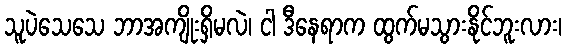
သူပဲသေသေ ဘာအကျိုးရှိမလဲ၊ ငါ ဒီနေရာက ထွက်မသွားနိုင်ဘူးလား၊